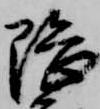
隈